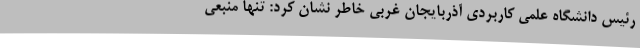
رئیس دانشگاه علمی کاربردی آذربایجان غربی خاطر نشان کرد: تنها منبعی